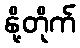
နို့တိုက်